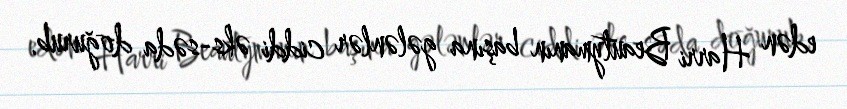
edən Harri Beautymanın başına gələnlər ciddi əks-səda doğurub.